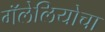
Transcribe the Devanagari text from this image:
गॅलेलियोचा